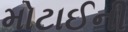
મોટાઈની